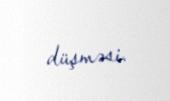
düşməsi.